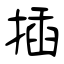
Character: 揷